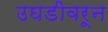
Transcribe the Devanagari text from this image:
उघडीवरून